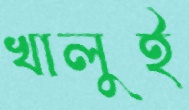
খালুই